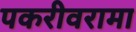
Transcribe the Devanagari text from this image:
पकरीवरामा